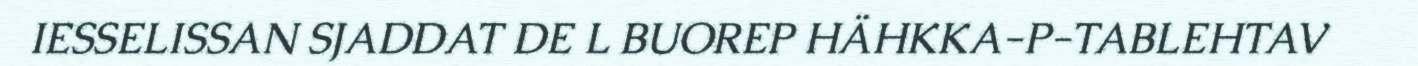
IESSELISSAN SJADDAT DE L BUOREP HÄHKKA-P-TABLEHTAV